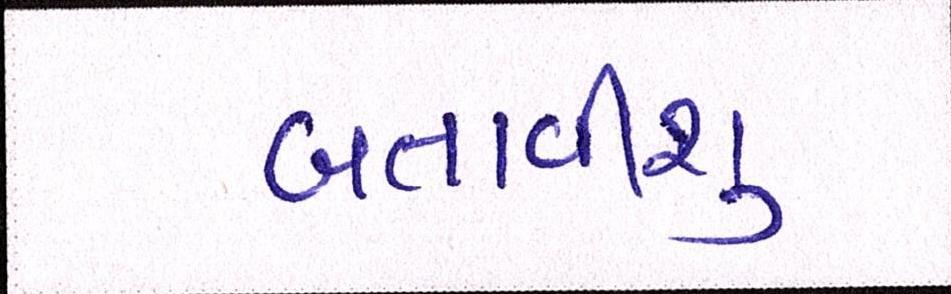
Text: બતાવીશુ